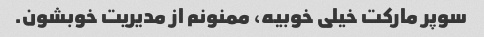
سوپر مارکت خیلی خوبیه، ممنونم از مدیریت خوبشون.